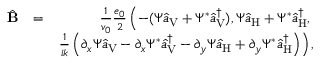
\begin{array} { r l r } { \hat { \bf B } } & { = } & { \frac { 1 } { v _ { 0 } } \frac { e _ { 0 } } { 2 } \left( - ( \Psi \hat { a } _ { \mathrm { V } } + \Psi ^ { * } \hat { a } _ { \mathrm { V } } ^ { \dagger } ) , \Psi \hat { a } _ { \mathrm { H } } + \Psi ^ { * } \hat { a } _ { \mathrm { H } } ^ { \dagger } , \right. } \\ & { } & { \left. \frac { 1 } { i k } \left( \partial _ { x } \Psi \hat { a } _ { \mathrm { V } } - \partial _ { x } \Psi ^ { * } \hat { a } _ { \mathrm { V } } ^ { \dagger } - \partial _ { y } \Psi \hat { a } _ { \mathrm { H } } + \partial _ { y } \Psi ^ { * } \hat { a } _ { \mathrm { H } } ^ { \dagger } \right) \right) , } \end{array}